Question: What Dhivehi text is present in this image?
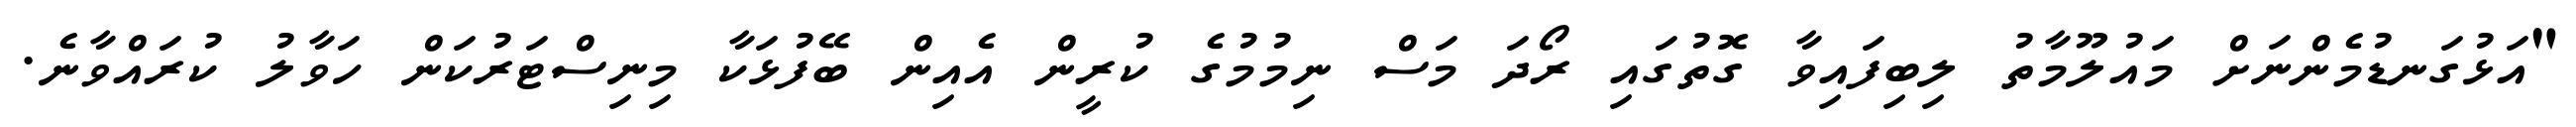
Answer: "އަޅުގަނޑުމެންނަށް މައުލޫމާތު ލިބިފައިވާ ގޮތުގައި ރޯދަ މަސް ނިމުމުގެ ކުރީން އެއިން ބޭފުޅަކާ މިނިސްޓަރުކަން ހަވާލު ކުރައްވާނެ.